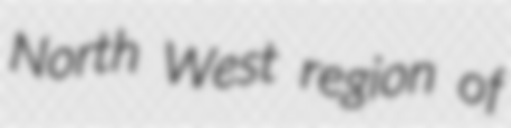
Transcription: North West region of